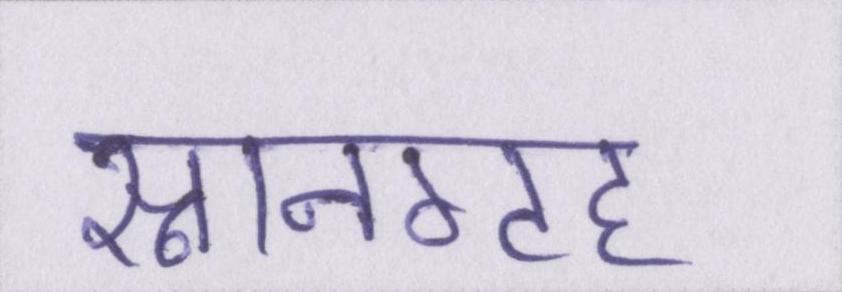
स्नानगृह